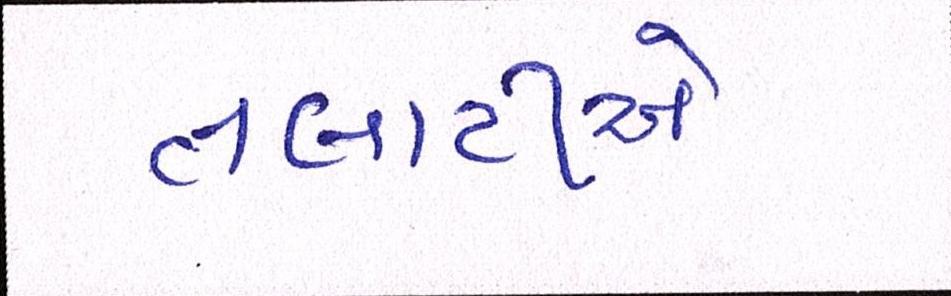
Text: તલાટીએ